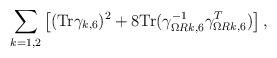
LaTeX: \begin{align*}\sum_{k=1,2}\left[({\rm Tr}\gamma_{k,6})^2 + 8{\rm Tr}(\gamma^{-1}_{\Omega Rk,6}\gamma^T_{\Omega Rk,6})\right],\end{align*}